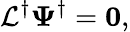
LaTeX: \mathcal{L}^{\dagger}\mathbf{\Psi}^{\dagger}=\mathbf{0},